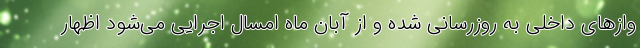
وازهای داخلی به روزرسانی شده و از آبان ماه امسال اجرایی می‌شود اظهار